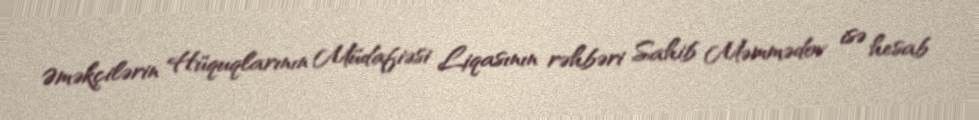
Əməkçilərin Hüquqlarının Müdafiəsi Liqasının rəhbəri Sahib Məmmədov isə hesab